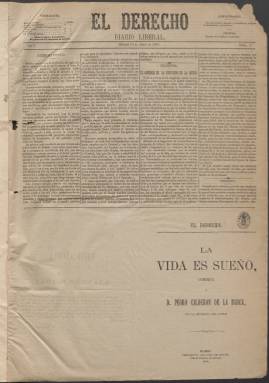
Título: El Derecho (Madrid. 1881)
Colección: Periódicos
Ámbito geográfico: Madrid
Lugar de publicación: Madrid
Fechas: 16/04/1881-31/07/1881